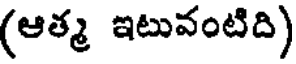
(ఆత్మ ఇటువంటిది)